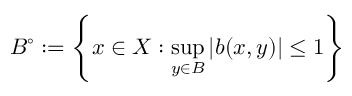
B ^ { \circ } : = \left\{ x \in X : \operatorname* { s u p } _ { y \in B } \left| b ( x , y ) \right| \leq 1 \right\}